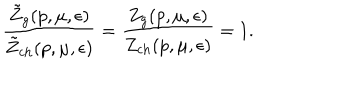
\frac { \tilde { Z } _ { g } ( p , \mu , \epsilon ) } { \tilde { Z } _ { \mathrm { c h } } ( p , \mu , \epsilon ) } = \frac { Z _ { g } ( p , \mu , \epsilon ) } { Z _ { \mathrm { c h } } ( p , \mu , \epsilon ) } = 1 .